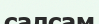
салсам